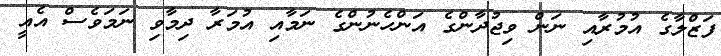
ފަޒްލާގެ އުމުރާއި ނަން ވިޖުދާންގެ އަންހެނުންގެ ނަމާއި އުމަރާ ދިމާވި ނަމަވެސް އެއީ